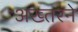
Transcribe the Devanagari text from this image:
अख्तरने